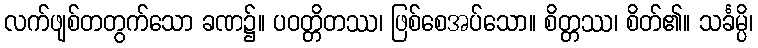
လက်ဖျစ်တတွက်သော ခဏ၌။ ပဝတ္တိတဿ၊ ဖြစ်စေအပ်သော။ စိတ္တဿ၊ စိတ်၏။ သင်္ခမ္ပိ၊